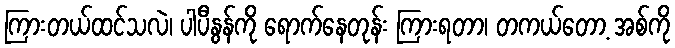
ကြားတယ်ထင်သလဲ၊ ပါပီနွန်ကို ရောက်နေတုန်း ကြားရတာ၊ တကယ်တော့ အစ်ကို